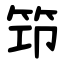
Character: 笻